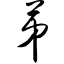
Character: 第